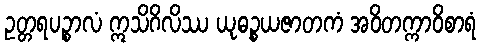
ဥတ္တရပဉ္စာလံ ဣသိဂိလိဿ ယုဓဉ္စယဇာတကံ အဝိတက္ကာဝိစာရံ